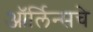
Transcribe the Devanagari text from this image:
ऑर्लिन्सचे